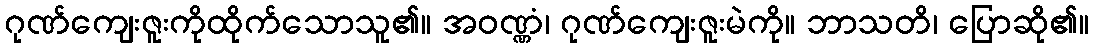
ဂုဏ်ကျေးဇူးကိုထိုက်သောသူ၏။ အဝဏ္ဏံ၊ ဂုဏ်ကျေးဇူးမဲကို။ ဘာသတိ၊ ပြောဆို၏။